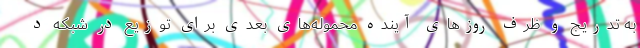
به تدریج و ظرف روز‌های آینده محموله‌های بعدی برای توزیع در شبکه د